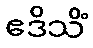
ဧဒိသိံ